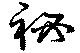
祕